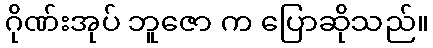
ဂိုဏ်းအုပ် ဘူဇော က ပြောဆိုသည်။